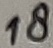
Text: 18